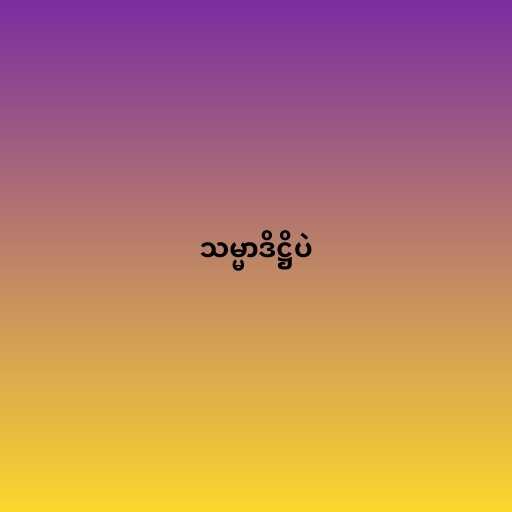
သမ္မာဒိဋ္ဌိပဲ